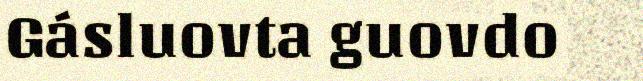
Gásluovta guovdo